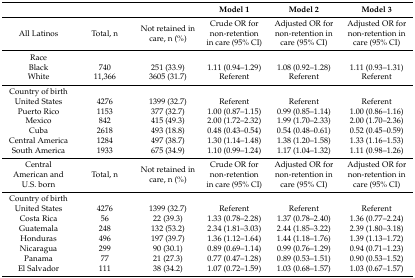
<table><thead><tr><td></td><td></td><td></td><td><b>Model 1</b></td><td><b>Model 2</b></td><td><b>Model 3</b></td></tr></thead><tbody><tr><td>All Latinos</td><td>Total, n</td><td>Not retained in care, n (%)</td><td>Crude OR for non-retention in care (95% CI)</td><td>Adjusted OR for non-retention in care (95% CI)</td><td>Adjusted OR for non-retention in care (95% CI)</td></tr><tr><td>Race</td><td></td><td></td><td></td><td></td><td></td></tr><tr><td>Black</td><td>740</td><td>251 (33.9)</td><td>1.11 (0.94–1.29)</td><td>1.08 (0.92–1.28)</td><td>1.11 (0.93–1.31)</td></tr><tr><td>White</td><td>11,366</td><td>3605 (31.7)</td><td>Referent</td><td>Referent</td><td>Referent</td></tr><tr><td>Country of birth</td><td></td><td></td><td></td><td></td><td></td></tr><tr><td>United States</td><td>4276</td><td>1399 (32.7)</td><td>Referent</td><td>Referent</td><td>Referent</td></tr><tr><td>Puerto Rico</td><td>1153</td><td>377 (32.7)</td><td>1.00 (0.87–1.15)</td><td>0.99 (0.85–1.14)</td><td>1.00 (0.86–1.16)</td></tr><tr><td>Mexico</td><td>842</td><td>415 (49.3)</td><td>2.00 (1.72–2.32)</td><td>1.99 (1.70–2.33)</td><td>2.00 (1.70–2.36)</td></tr><tr><td>Cuba</td><td>2618</td><td>493 (18.8)</td><td>0.48 (0.43–0.54)</td><td>0.54 (0.48–0.61)</td><td>0.52 (0.45–0.59)</td></tr><tr><td>Central America</td><td>1284</td><td>497 (38.7)</td><td>1.30 (1.14–1.48)</td><td>1.38 (1.20–1.58)</td><td>1.33 (1.16–1.53)</td></tr><tr><td>South America</td><td>1933</td><td>675 (34.9)</td><td>1.10 (0.99–1.24)</td><td>1.17 (1.04–1.32)</td><td>1.11 (0.98–1.26)</td></tr><tr><td>Central American and U.S. born</td><td>Total, n</td><td>Not retained in care, n (%)</td><td>Crude OR for non-retention in care (95% CI)</td><td>Adjusted OR for non-retention in care (95% CI)</td><td>Adjusted OR for non-retention in care (95% CI)</td></tr><tr><td>Country of birth</td><td></td><td></td><td></td><td></td><td></td></tr><tr><td>United States</td><td>4276</td><td>1399 (32.7)</td><td>Referent</td><td>Referent</td><td>Referent</td></tr><tr><td>Costa Rica</td><td>56</td><td>22 (39.3)</td><td>1.33 (0.78–2.28)</td><td>1.37 (0.78–2.40)</td><td>1.36 (0.77–2.24)</td></tr><tr><td>Guatemala</td><td>248</td><td>132 (53.2)</td><td>2.34 (1.81–3.03)</td><td>2.44 (1.85–3.22)</td><td>2.39 (1.80–3.18)</td></tr><tr><td>Honduras</td><td>496</td><td>197 (39.7)</td><td>1.36 (1.12–1.64)</td><td>1.44 (1.18–1.76)</td><td>1.39 (1.13–1.72)</td></tr><tr><td>Nicaragua</td><td>299</td><td>90 (30.1)</td><td>0.89 (0.69–1.14)</td><td>0.99 (0.76–1.29)</td><td>0.94 (0.71–1.23)</td></tr><tr><td>Panama</td><td>77</td><td>21 (27.3)</td><td>0.77 (0.47–1.28)</td><td>0.89 (0.53–1.51)</td><td>0.90 (0.53–1.52)</td></tr><tr><td>El Salvador</td><td>111</td><td>38 (34.2)</td><td>1.07 (0.72–1.59)</td><td>1.03 (0.68–1.57)</td><td>1.03 (0.67–1.57)</td></tr></tbody></table>